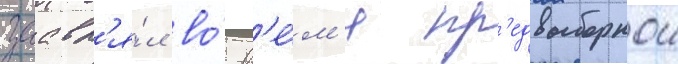
заавл'я́л во́ вр'е́м'я пр'едвыборнои